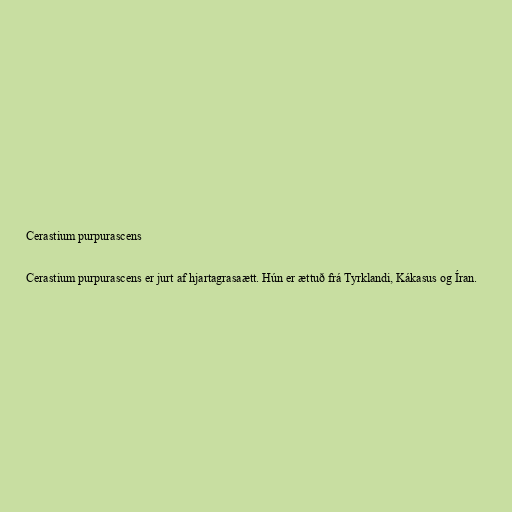
Cerastium purpurascens

Cerastium purpurascens er jurt af hjartagrasaætt. Hún er ættuð frá Tyrklandi, Kákasus og Íran.